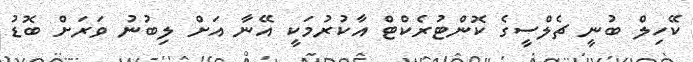
ކޭހިލް ބުނީ ޗެލްސީގެ ކޮންޓުރެކްޓް އާކުރުމަކީ އޭނާ އަށް ލިބުނު ވަރަށް ބޮޑު